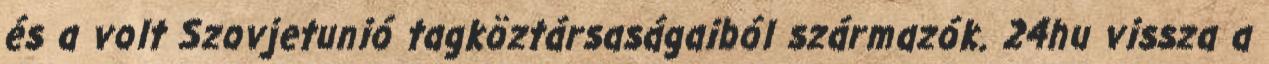
és a volt Szovjetunió tagköztársaságaiból származók. 24hu vissza a